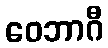
ဝေဘာဂီ